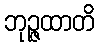
ဘုဉ္ဇထာတိ